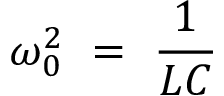
\omega _ { 0 } ^ { 2 } ~ = ~ { \frac { 1 } { L C } } ~ ~ ~ ~ ~ ~ ~ ~ ~ ~ ~ ~ ~ ~ ~ ~ ~ ~ ~ ~ ~ ~ ~ ~ ~ ~ ~ ~